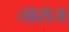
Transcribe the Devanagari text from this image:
ताराज